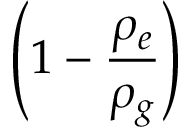
\left( 1 - { \frac { \rho _ { e } } { \rho _ { g } } } \right)